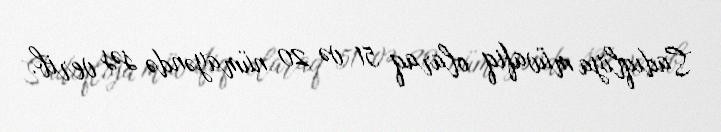
Sadıqlıya müvafiq olaraq 51 və 20 nümayəndə səs verib.